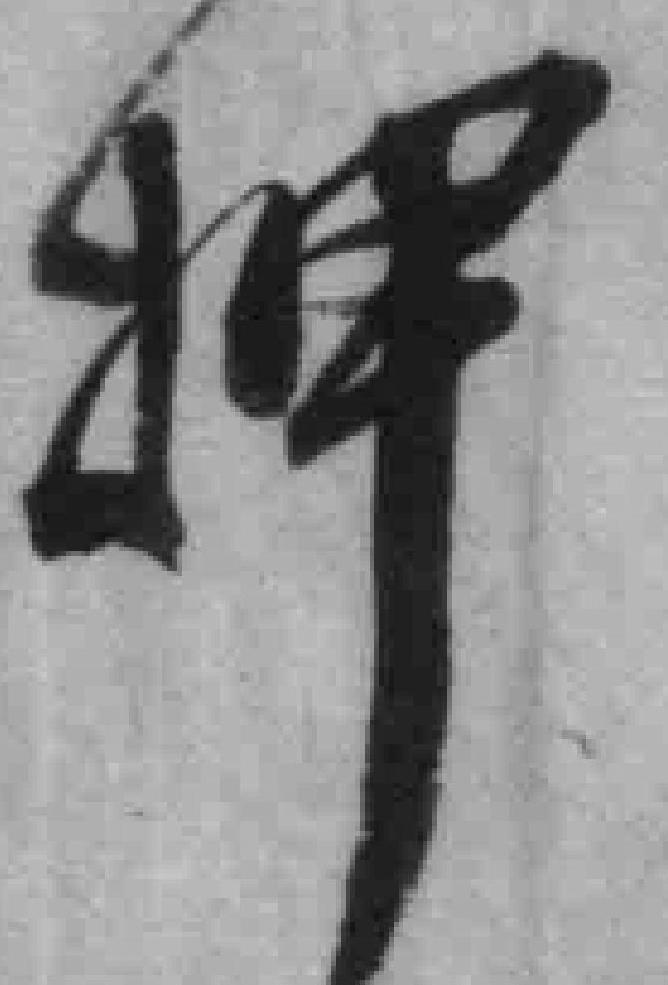
押